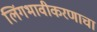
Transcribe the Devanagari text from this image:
लिंगभावीकरणाचा